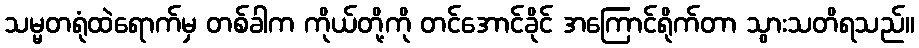
သမ္မတရုံထဲရောက်မှ တစ်ခါက ကိုယ်တို့ကို တင်အောင်ခိုင် အကြောင်ရိုက်တာ သွားသတိရသည်။